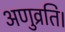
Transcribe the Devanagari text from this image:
अणुव्रति।